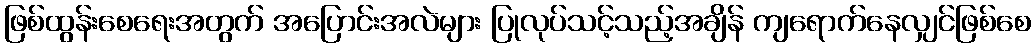
ဖြစ်ထွန်းစေရေးအတွက် အပြောင်းအလဲများ ပြုလုပ်သင့်သည့်အချိန် ကျရောက်နေလျှင်ဖြစ်စေ